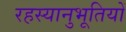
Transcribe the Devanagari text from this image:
रहस्यानुभूतियों